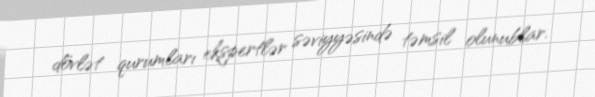
dövlət qurumları ekspertlər səviyyəsində təmsil olunublar.